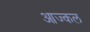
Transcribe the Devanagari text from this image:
आज्कल